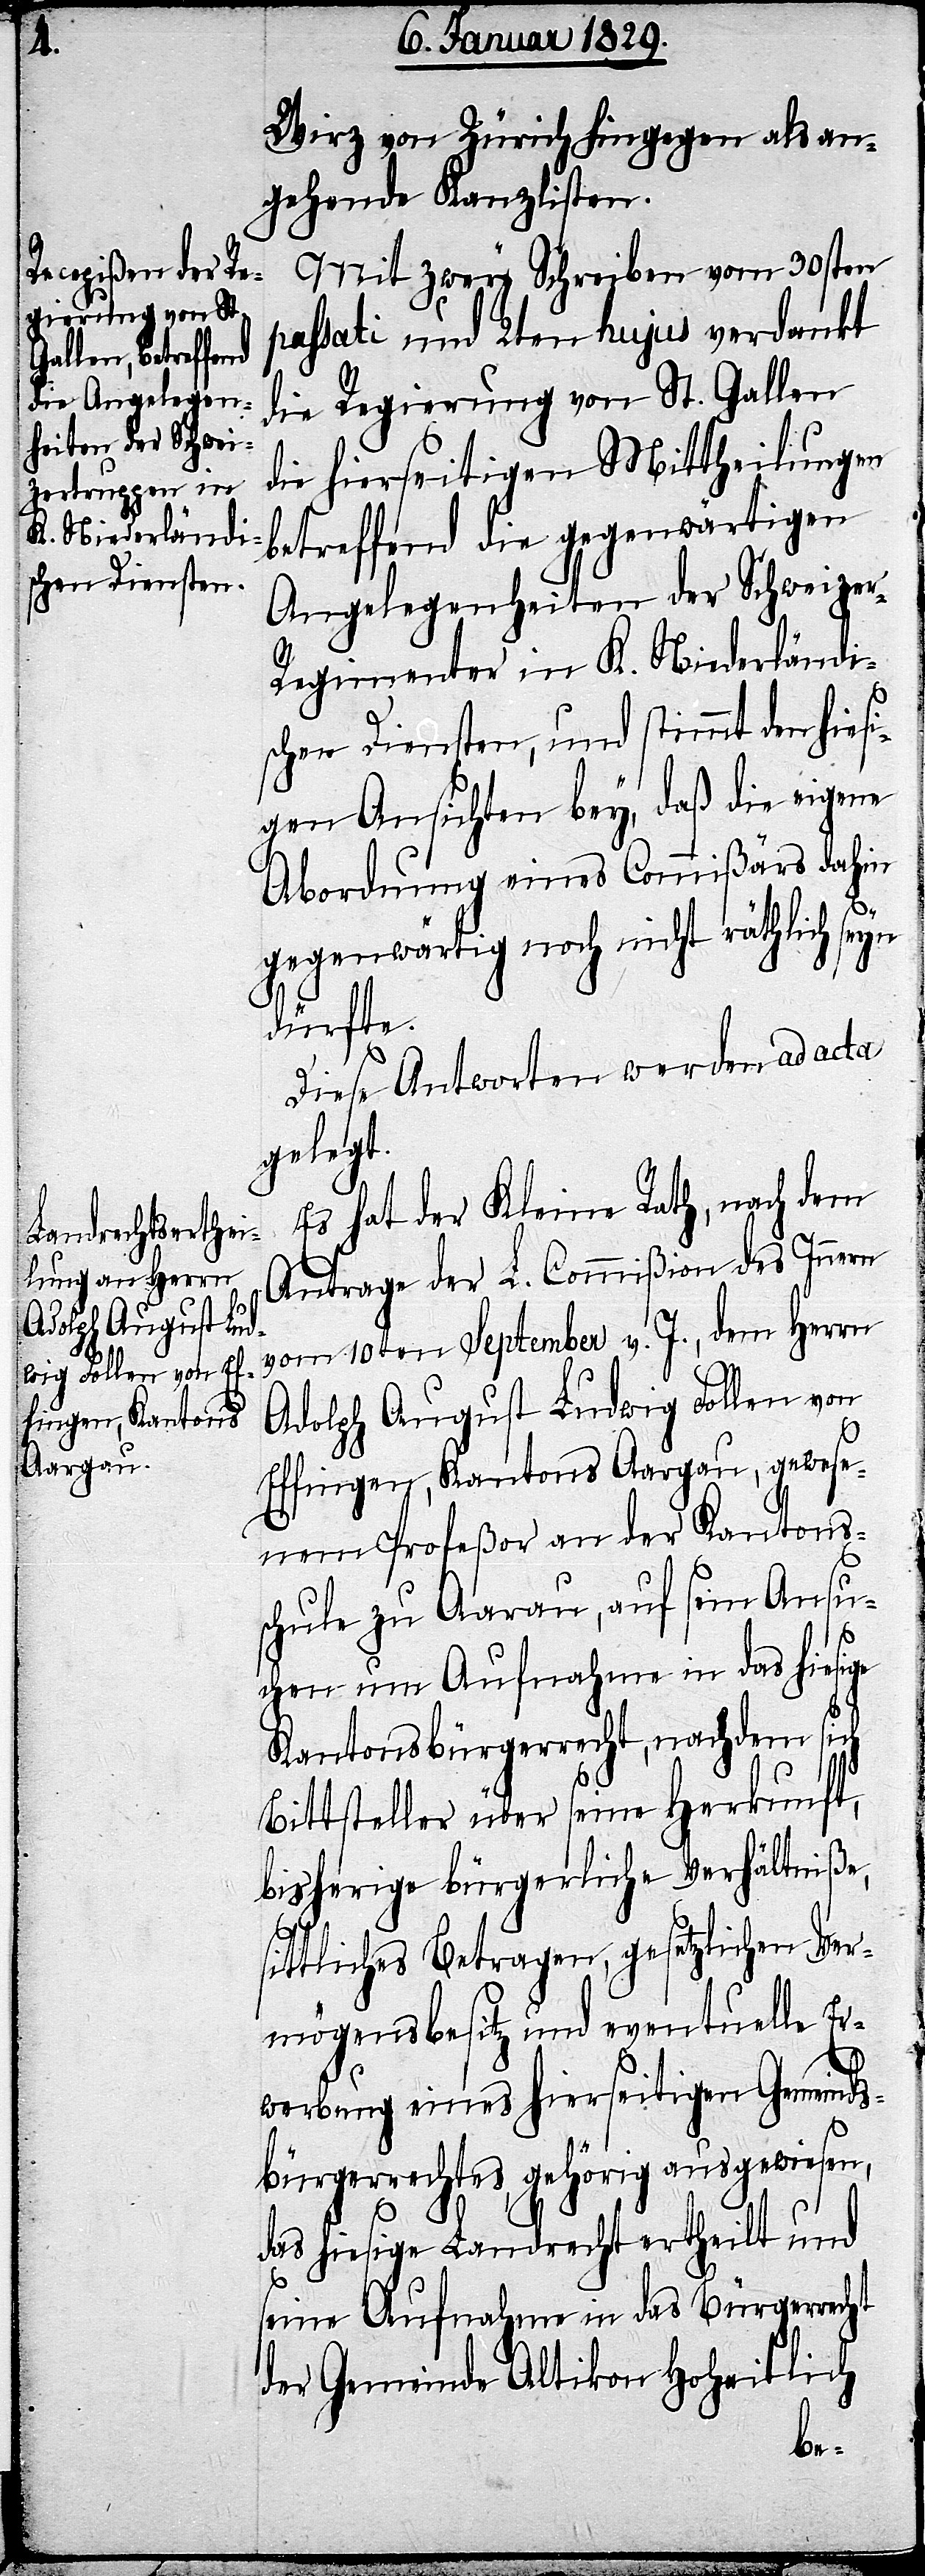
Wirz von Zürich hingegen als an¬
gehende Kanzlisten.
Mit zwey Schreiben vom 30sten
passati und 2ten hujus verdankt
die Regierung von St. Gallen
die hierseitigen Mittheilungen
betreffend die gegenwärtigen
Angelegenheiten der Schweize¬
r-Regimenter in K. Niederländi¬
schen Diensten, und stimmt den hies¬
igen Ansichten bey, daß die eigene
Abordnung eines Commißärs dahin
gegenwärtig noch nicht räthlich se¬
dürfte.
Diese Antworten werden ad acta
gelegt.
Es hat der Kleine Rath, nach dem
Antrage der L. Commißion des Innern
vom 10ten September v. J., dem Herrn
Adolph August Ludwig Follen von
Effingen, Kantons Aargau, gewese¬
yn
nen Profeßor an der Kantons¬
schule zu Aarau, auf sein Ansu¬
chen um Aufnahme in das hiesige
Kantonsbürgerrecht, nachdem sich
Bittsteller über seine Herkunft,
bisherige bürgerliche Verhältniße,
sittliches Betragen, gesetzlichen Ver¬
mögensbesitz und eventuelle Er¬
werbung eines hierseitigen Gemeinds¬
bürgerrechtes, gehörig ausgewiesen,
das hiesige Landrecht ertheilt und
seine Aufnahme in das Bürgerrecht
der Gemeinde Altikon hoheitlich